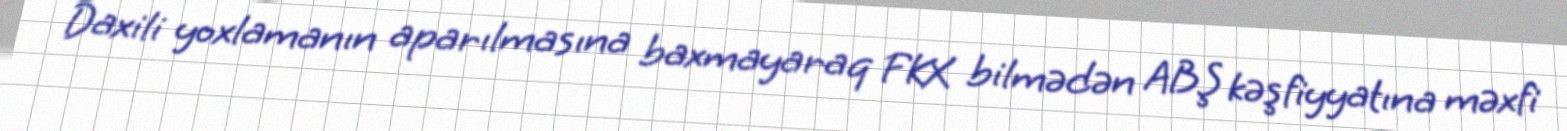
Daxili yoxlamanın aparılmasına baxmayaraq FKX bilmədən ABŞ kəşfiyyatına məxfi